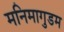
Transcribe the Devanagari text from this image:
मनिमागुडम